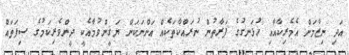
އަދި ނިޒާމަށް އެމެރިކާއާއި ހުޅަނގުގެ ފަރާތުން ނުރައްކާތަކެއް އަންނަކަން ޔަޤީންވުމާއެކީ ދީންވެރިކަމުގެ ޞިފަތައް